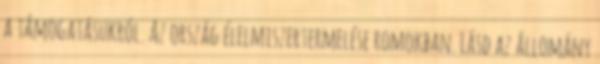
a támogatásukról. Az ország élelmiszertermelése romokban. Lásd az állomány